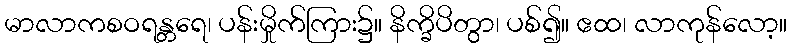
မာလာကစဝရန္တရေ၊ ပန်းမှိုက်ကြား၌။ နိက္ခိပိတွာ၊ ပစ်၍။ ဧထ၊ လာကုန်လော့။